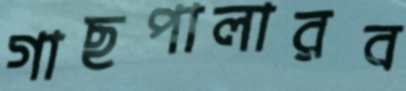
গাছপালারব